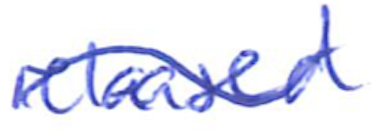
Text: released
Cross-out: wave
Writing tool: ballpoint